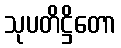
သုပတိဋ္ဌိတော